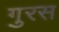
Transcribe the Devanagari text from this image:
गुरस